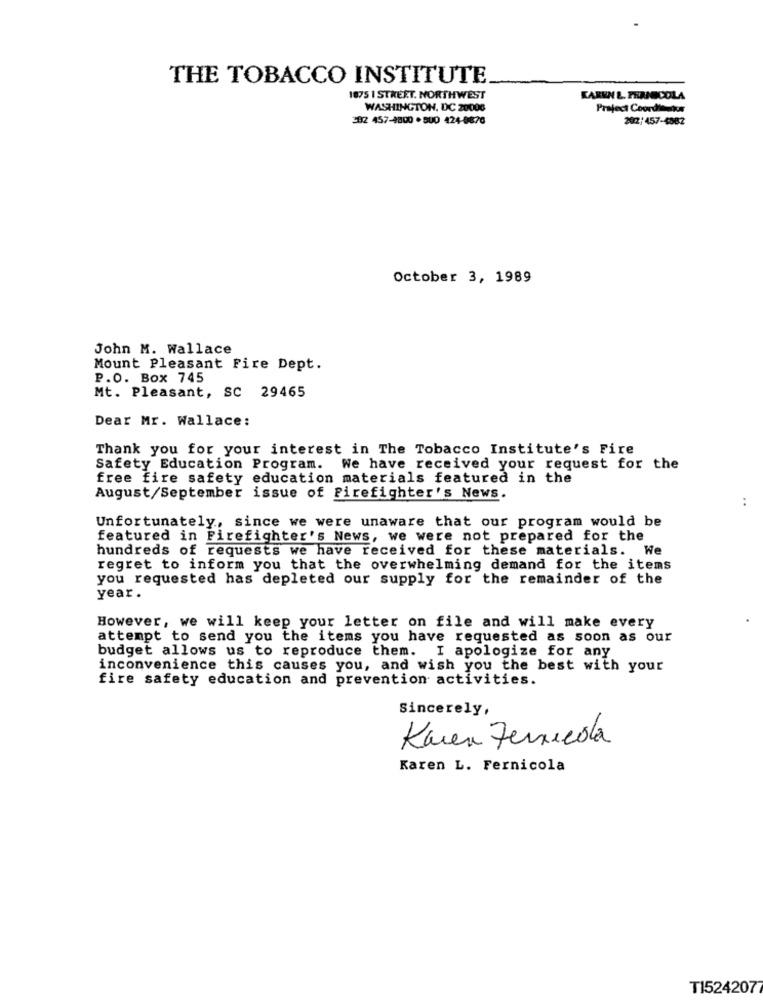
THE TOBACCO INSTITUTE
1875 1 STREET. NORTHWEST
KAREN &. PERNICOLA
WASHINGTON, DC 20006
Project Coordinados
202 457-4800 *500 424-0876
202/457-4882
October 3, 1989
John M. Wallace
Mount Pleasant Fire Dept.
P.O. Box 745
Mt. Pleasant, SC 29465
Dear Mr. Wallace:
Thank you for your interest in The Tobacco Institute's Fire
Safety Education Program. We have received your request for the
free fire safety education materials featured in the
August/September issue of Firefighter's News.
Unfortunately, since we were unaware that our program would be
featured in Firefighter's News, we were not prepared for the
hundreds of requests we have received for these materials. We
regret to inform you that the overwhelming demand for the items
you requested has depleted our supply for the remainder of the
year .
However, we will keep your letter on file and will make every
attempt to send you the items you have requested as soon as our
budget allows us to reproduce them. I apologize for any
inconvenience this causes you, and wish you the best with your
fire safety education and prevention activities.
Sincerely,
Karen Fernicola
Karen L. Fernicola
T15242077